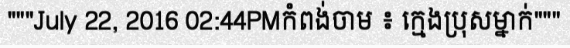
"""July 22, 2016 02:44PMកំពង់ចាម ៖ ក្មេងប្រុសម្នាក់"""